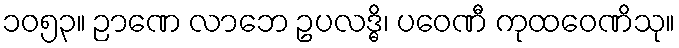
၁၀၅၃။ ဉာဏေ လာဘေ ဥပလဒ္ဓိ၊ ပဝေဏီ ကုထဝေဏိသု။